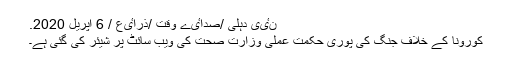
نٸی دہلی /صداٸے وقت /ذراٸع / 6 اپریل 2020.
کورونا کے خلاف جنگ کی پوری حکمت عملی وزارت صحت کی ویب سائٹ پر شیئر کی گئی ہے۔